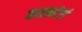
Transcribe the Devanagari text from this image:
कारकटेर्रा